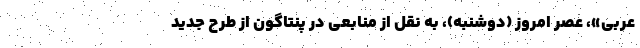
عربی»، عصر امروز (دوشنبه)، به نقل از منابعی در پنتاگون از طرح جدید